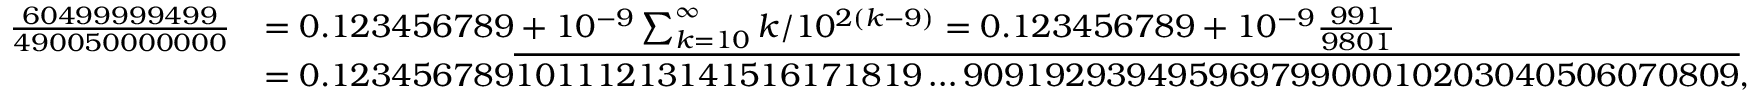
{ \begin{array} { r l } { { \frac { 6 0 4 9 9 9 9 9 4 9 9 } { 4 9 0 0 5 0 0 0 0 0 0 0 } } } & { = 0 . 1 2 3 4 5 6 7 8 9 + 1 0 ^ { - 9 } \sum _ { k = 1 0 } ^ { \infty } k / 1 0 ^ { 2 ( k - 9 ) } = 0 . 1 2 3 4 5 6 7 8 9 + 1 0 ^ { - 9 } { \frac { 9 9 1 } { 9 8 0 1 } } } \\ & { = 0 . 1 2 3 4 5 6 7 8 9 { \overline { { 1 0 1 1 1 2 1 3 1 4 1 5 1 6 1 7 1 8 1 9 \ldots 9 0 9 1 9 2 9 3 9 4 9 5 9 6 9 7 9 9 0 0 0 1 0 2 0 3 0 4 0 5 0 6 0 7 0 8 0 9 } } } , } \end{array} }